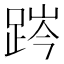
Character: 𨁊